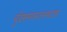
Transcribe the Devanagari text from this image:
बुंदेसगारटनशाऊ